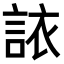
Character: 𫌻